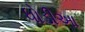
ધોડીઆ